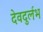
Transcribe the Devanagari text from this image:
देवदुर्लभ